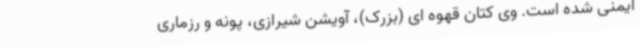
ایمنی شده است. وی کتان قهوه ای (بزرک)، آویشن شیرازی، پونه و رزماری